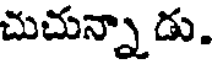
చుచున్నాడు.